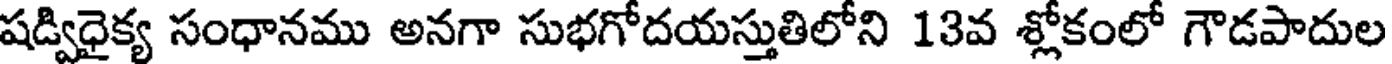
షడ్విధైక్య సంధానము అనగా సుభగోదయస్తుతిలోని 13వ శ్లోకంలో గౌడపాదుల